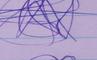
Signature authenticity: genuine